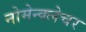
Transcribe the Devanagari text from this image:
नोमेन्क्लेचर